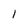
Character: 1